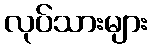
လုပ်သားများ